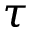
\tau